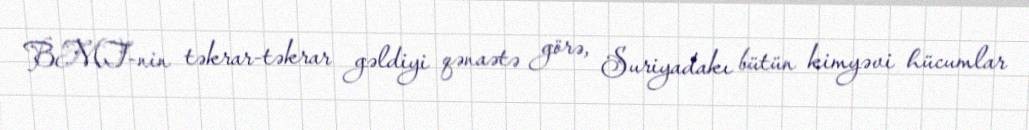
BMT-nin təkrar-təkrar gəldiyi qənaətə görə, Suriyadakı bütün kimyəvi hücumlar